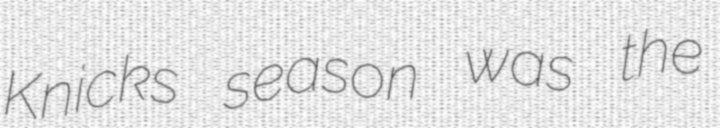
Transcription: Knicks season was the